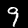
Label: 9